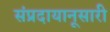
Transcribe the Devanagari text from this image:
संप्रदायानूसारी